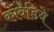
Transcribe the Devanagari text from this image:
कांवडिये